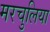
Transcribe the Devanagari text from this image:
मरचुलिया